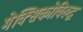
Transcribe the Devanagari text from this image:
मेक्सिकोविरुद्ध